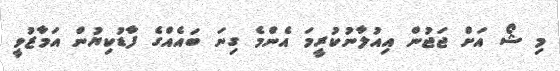
މި ޝޯ އަށް ޖަޖުން އިއުލާނުކުރީމަ އެންމެ ގިނަ ބައެއްގެ ފާޑުކިޔުން އަމާޒުވީ